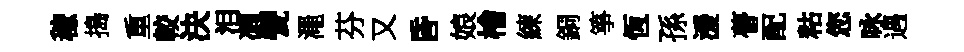
稼搗重較決泪凋甓澠芬又昏娘檜練銅箏恆孫湲瞢配䊀您咏遇